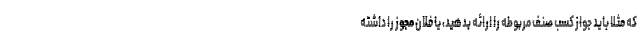
که مثلا باید جواز کسب صنف مربوطه را ارائه بدهید، یا فلان مجوز را داشته